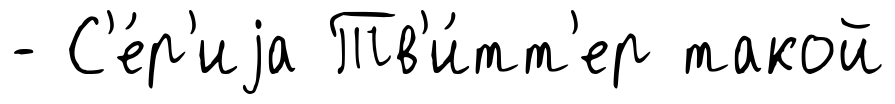
- С'е́р'иjа Тв'и́тт'ер такой